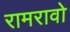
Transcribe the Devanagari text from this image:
रामरावो